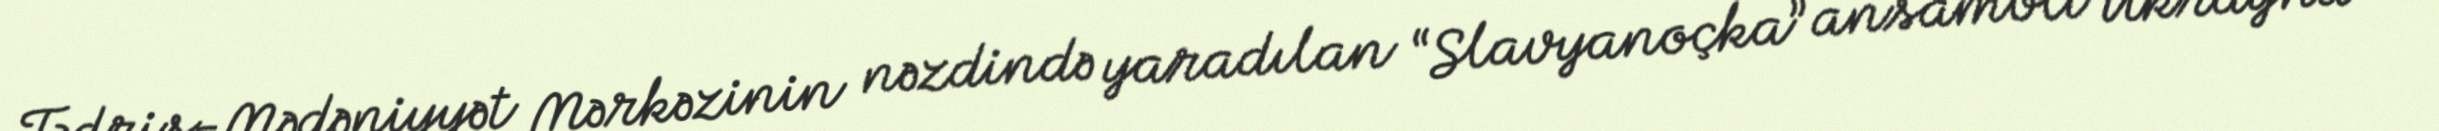
Tədris-Mədəniyyət Mərkəzinin nəzdində yaradılan “Slavyanoçka” ansamblı Ukrayna